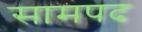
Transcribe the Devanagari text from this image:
सामपद